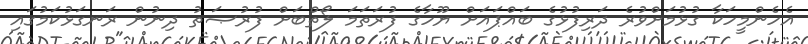
އެހެންމީހަކާ ގުޅުމަށްވުރެ ދަރިފުޅުގެ ބައްޕައަށް ޔޫހާގެ ފުރަތަމަ ލޯތްބަށް ފުރުޞަތު ދިނުން ރަނގަޅުކަމުގައި